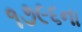
૧૭૯૬ના